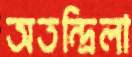
অতন্দ্রিলা